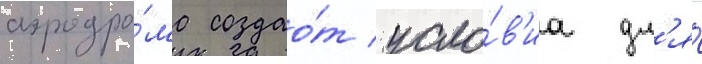
аэродро́ма создао́т усло́в'иа дл'я́